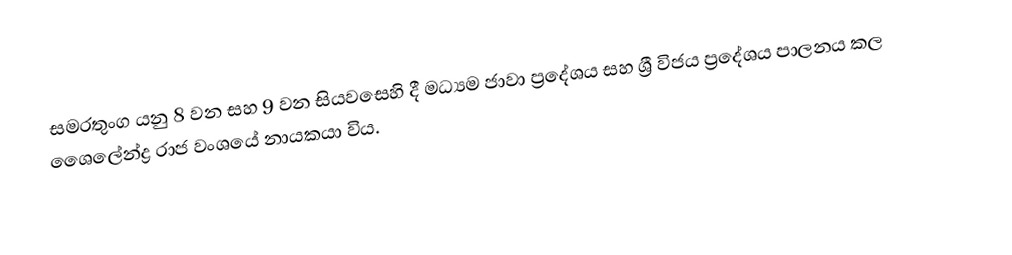
සමරතුංග යනු 8 වන සහ 9 වන සියවසෙහි දී මධ්‍යම ජාවා ප්‍රදේශය සහ ශ්‍රී විජය ප්‍රදේශය  පාලනය කල ශෛලේන්ද්‍ර රාජ වංශයේ නායකයා විය.